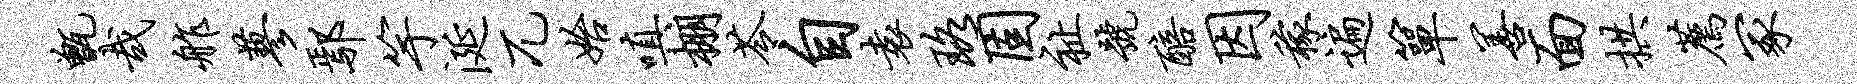
甑哉舴蓼鄢竽涎兀始嗔棚苓自袁珞固祉号醅因稼遍箪善面拱荐冢